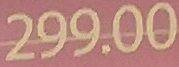
299.00